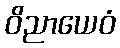
ဝိညာယေဝံ